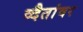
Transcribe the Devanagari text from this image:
व्दैतांवर